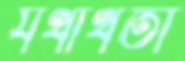
যথার্থতা